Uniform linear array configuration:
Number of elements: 32
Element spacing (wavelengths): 1
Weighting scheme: blackman
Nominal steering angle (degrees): -45
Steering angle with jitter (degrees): -46.443
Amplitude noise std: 0.05
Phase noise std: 0.05

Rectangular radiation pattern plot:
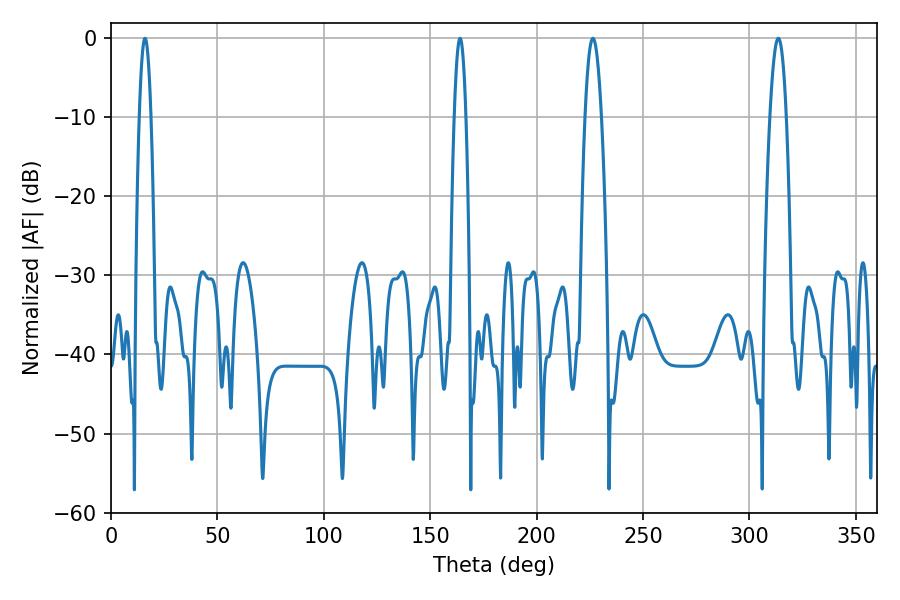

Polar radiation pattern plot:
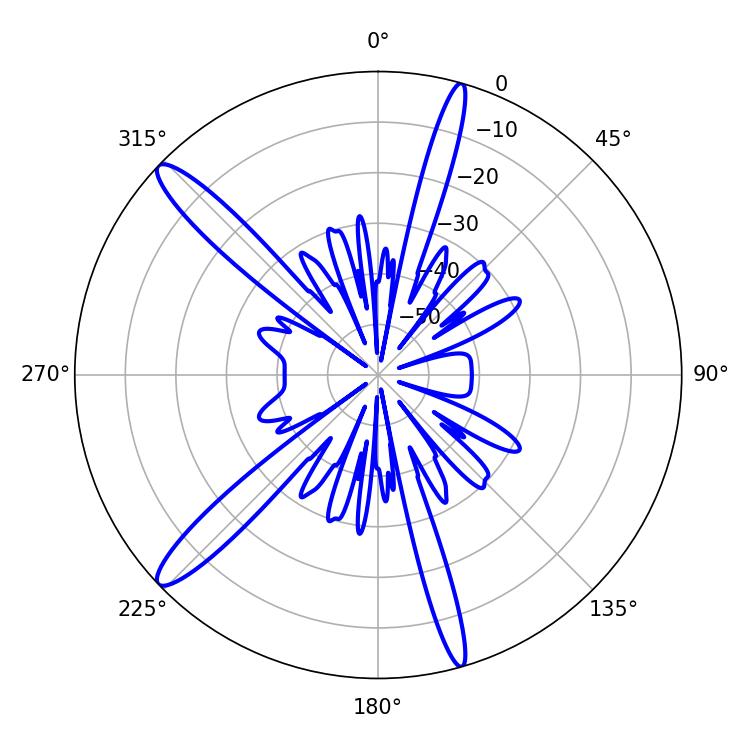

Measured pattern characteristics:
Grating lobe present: TRUE
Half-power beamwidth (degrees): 4.14
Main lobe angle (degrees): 226.44